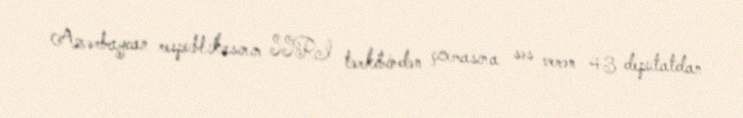
Azərbaycan respublikasının SSRI tərkibindən çıxmasına səs verən 43 deputatdan